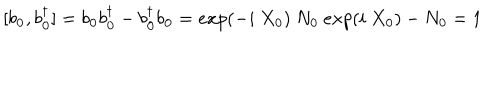
[ b _ { { \bf { 0 } } } , b _ { { \bf { 0 } } } ^ { \dagger } ] = b _ { { \bf { 0 } } } b _ { { \bf { 0 } } } ^ { \dagger } - b _ { { \bf { 0 } } } ^ { \dagger } b _ { { \bf { 0 } } } = e x p ( - i \mathrm { ~ } X _ { 0 } ) \mathrm { ~ } N _ { 0 } \mathrm { ~ } e x p ( i \mathrm { ~ } X _ { 0 } ) - N _ { 0 } = 1